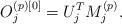
LaTeX: \begin{align*}O_j^{(p)[0]} = U_j^T M_j^{(p)}.\end{align*}